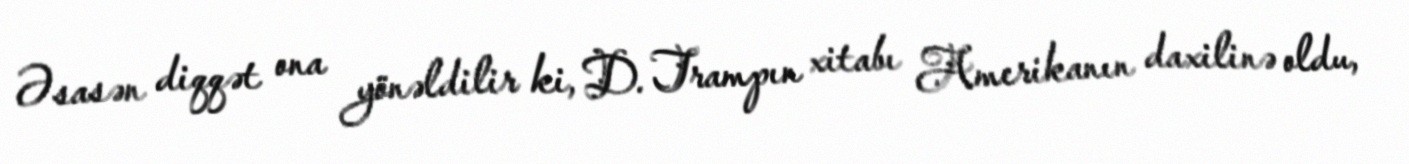
Əsasən diqqət ona yönəldilir ki, D. Trampın xitabı Amerikanın daxilinə oldu,